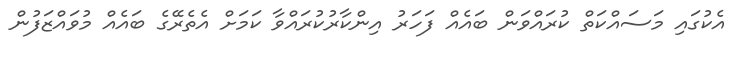
އެކުގައި މަސައްކަތް ކުރައްވަން ބައެއް ފަހަރު އިންކާރުކުރައްވާ ކަމަށް އެތެރޭގެ ބައެއް މުވައްޒަފުން